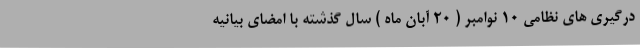
درگیری های نظامی ۱۰ نوامبر ( ۲۰ آبان ماه ) سال گذشته با امضای بیانیه